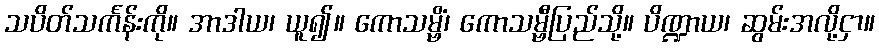
သပိတ်သင်္ကန်းကို။ အာဒါယ၊ ယူ၍။ ကောသမ္ဗိံ၊ ကောသမ္ဗီပြည်သို့။ ပိဏ္ဍာယ၊ ဆွမ်းအလို့ငှာ။